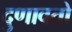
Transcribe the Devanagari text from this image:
दुणावतो